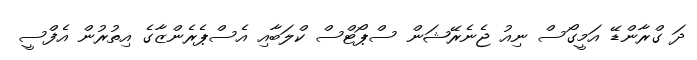
ދަ ގްރާންޑޭ އަމީގޯސް ނިއު ޖެނެރޭޝަން ސްޕޯޓްސް ކްލަބާއި އެސްޕެރެންޒާގެ އިތުރުން އެފްސީ